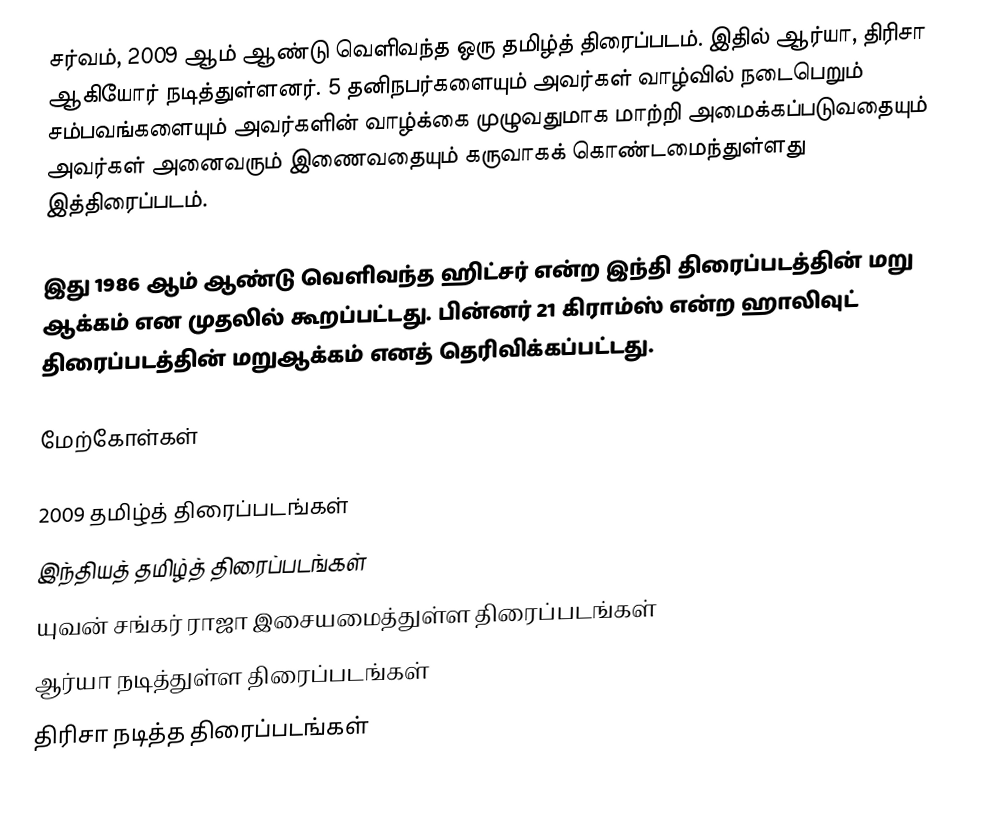
சர்வம், 2009 ஆம் ஆண்டு வெளிவந்த ஒரு தமிழ்த் திரைப்படம். இதில் ஆர்யா, திரிசா ஆகியோர் நடித்துள்ளனர். 5 தனிநபர்களையும் அவர்கள் வாழ்வில் நடைபெறும் சம்பவங்களையும் அவர்களின் வாழ்க்கை முழுவதுமாக மாற்றி அமைக்கப்படுவதையும் அவர்கள் அனைவரும் இணைவதையும் கருவாகக் கொண்டமைந்துள்ளது இத்திரைப்படம்.

இது 1986 ஆம் ஆண்டு வெளிவந்த ஹிட்சர் என்ற இந்தி திரைப்படத்தின் மறு ஆக்கம் என முதலில் கூறப்பட்டது. பின்னர் 21 கிராம்ஸ் என்ற ஹாலிவுட் திரைப்படத்தின் மறுஆக்கம் எனத் தெரிவிக்கப்பட்டது.

மேற்கோள்கள்

2009 தமிழ்த் திரைப்படங்கள்
இந்தியத் தமிழ்த் திரைப்படங்கள்
யுவன் சங்கர் ராஜா இசையமைத்துள்ள திரைப்படங்கள்
ஆர்யா நடித்துள்ள திரைப்படங்கள்
திரிசா நடித்த திரைப்படங்கள்